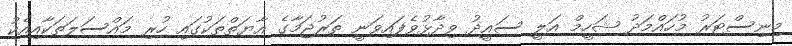
މިނިސްޓަރު މުހައްމަދު ޝަހީމް އަލީ ސައީދު ވިދާޅުވެފައިވަނީ ތަރުޖަމާގެ އާޔަތްތަކުގައި ހުރި މައްސަލަތަކާއިއެކު